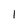
Character: l